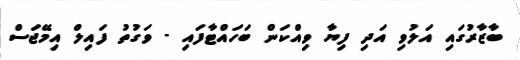
ބާޒާރުގައި އަލުވި އަދި ފިޔާ ވިއްކަން ބަހައްޓާފައި - ވަގުތު ފައިލް އިމޭޖަސް